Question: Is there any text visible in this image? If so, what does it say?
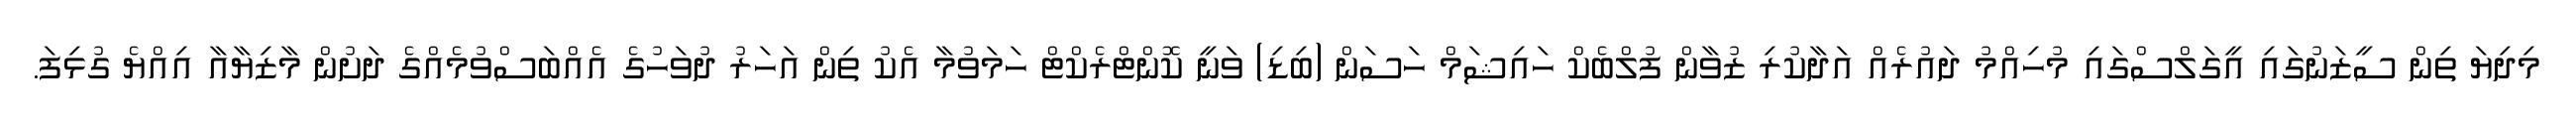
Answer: މިދިޔަ ތިން ސީޒަނުގައި އީގަލްސްގައި މުހިއްމު ދައުރެއް އަދާކުރި ޒުވާން ފުލްބެކް ހައިޝަމް ހަސަން (ބިޑި) ވަނީ ކޮންޓްރެކްޓް ހަމަވުމާ އެކު ތިން އަހަރު ދުވަހުގެ އެއްބަސްވުމެއްގެ ދަށުން މާޒިޔާއާ އިއްޔެ ގުޅިފަ.